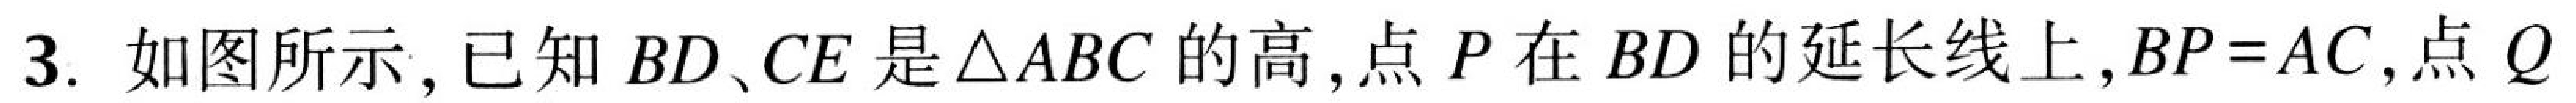
3. 如图所示，已知\(BD、CE\)是\(\triangle ABC\)的高，点\(P\)在\(BD\)的延长线上，\(BP = AC\)，点\(Q\)